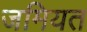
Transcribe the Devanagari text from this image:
जमियत